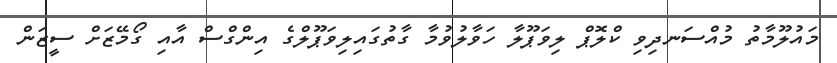
މައުލޫމާތު މުއްސަނދިވި ކްލޮޕް ލިވަޕޫލާ ހަވާލުވުމާ ގާތުގައިލިވަޕޫލްގެ އިންގްސް އާއި ގޯމޭޒަށް ސީޒަން